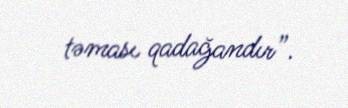
təması qadağandır”.